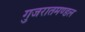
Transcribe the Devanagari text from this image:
गुजरातमण्डल